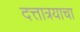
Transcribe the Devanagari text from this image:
दत्तात्रयाचा